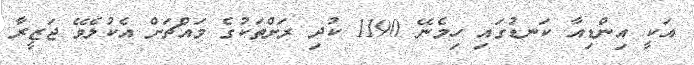
އަކީ އިންޑިއާ ކަނޑުގައި ހިމެނޭ 1190 ކުދި ރަށްތަކުގެ މައްޗަށް އެކުލެވޭ ޖަޒީރާ